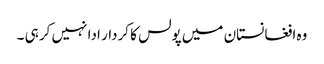
وہ افغانستان میں پولس کا کردار ادا نہیں کر ہی ۔